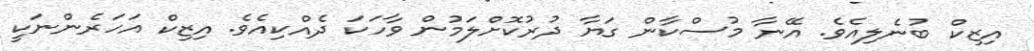
އިޒިކް ބުނެލިއެވެ. އޭނާ މުސްކާން ގަޔާ ދުރުކޮށްލަމުން ވާހަކަ ދެއްކިއެވެ. އިޒިކް އަހަރެންނަކީ